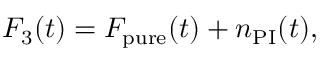
\begin{array} { r } { F _ { 3 } ( t ) = F _ { \mathrm { p u r e } } ( t ) + n _ { \mathrm { P I } } ( t ) , } \end{array}